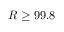
R \ge 9 9 . 8 \